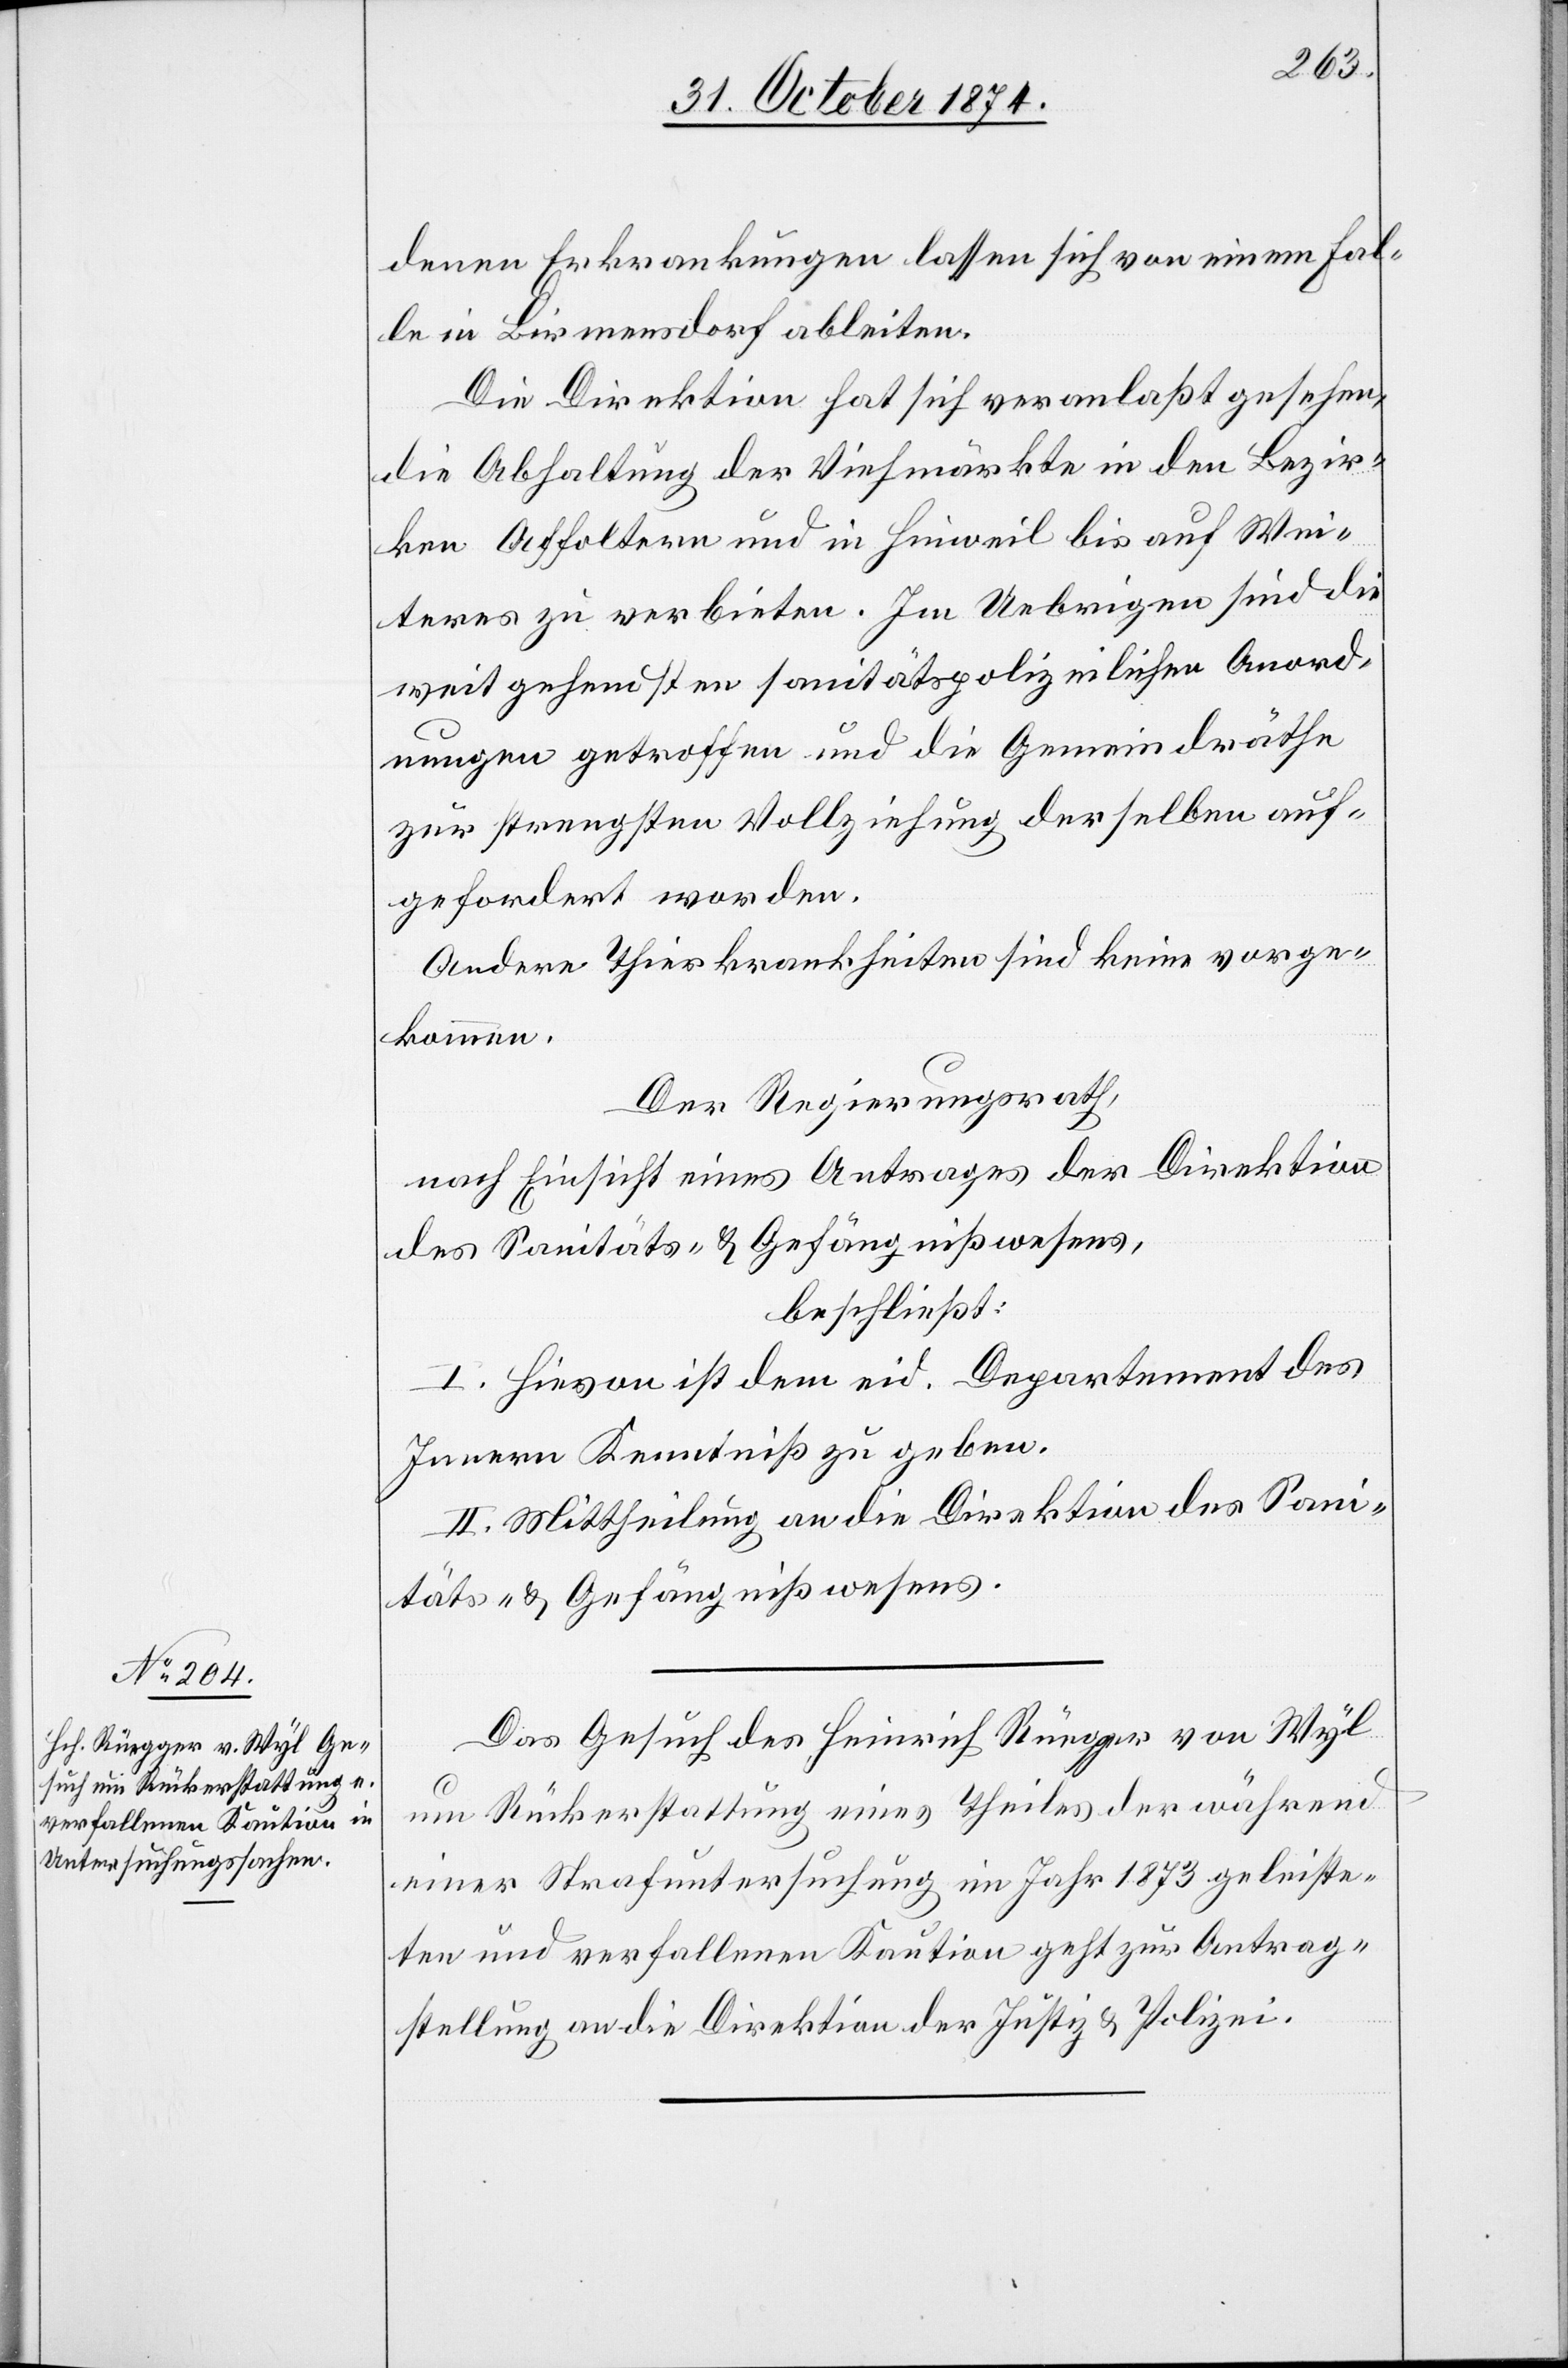
31. October 1874.]
denen Erkrankungen lassen sich von einem Fal¬
le in Birmensdorf ableiten.
Die Direktion hat sich veranlaßt gesehen,
die Abhaltung der Viehmärkte in den Bezir¬
ken Affoltern und in Hinweil bis auf Wei¬
teres zu verbieten. Im Uebrigen sind die
weitgehendsten sanitätspolizeilichen Anord¬
nungen getroffen und die Gemeindräthe
zur strengsten Vollziehung derselben auf¬
gefordert worden.
Andere Thierkrankheiten sind keine vorge¬
kommen.
Der Regierungsrath,
nach Einsicht eines Antrages der Direktion
des Sanitäts- & Gefängnißwesens,
beschließt:
I. Hievon ist dem eid. Departement des
Innern Kenntniß zu geben.
II. Mittheilung an die Direktion des Sani¬
täts- & Gefängnißwesens.
Das Gesuch des Heinrich Rüegger von Wyl
um Rückerstattung eines Theiles der während
einer Strafuntersuchung im Jahr 1873 geleiste¬
ten und verfallenen Kaution geht zur Antrag¬
stellung an die Direktion der Justiz & Polizei.